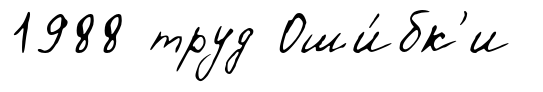
1988 труд Оши́бк'и